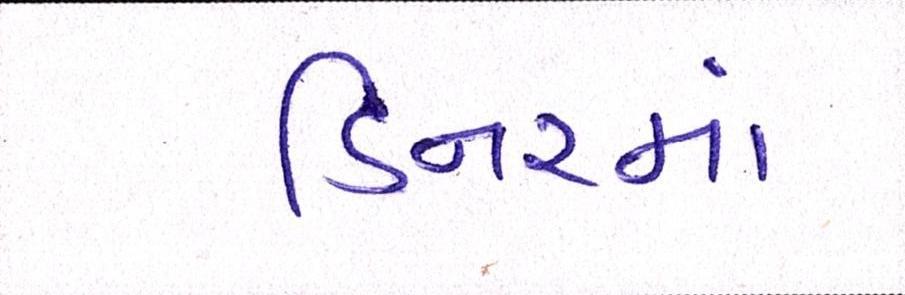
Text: ડિનરમાં